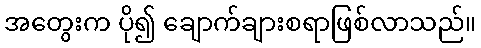
အတွေးက ပို၍ ချောက်ချားစရာဖြစ်လာသည်။